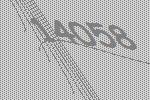
14058